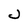
Character: J